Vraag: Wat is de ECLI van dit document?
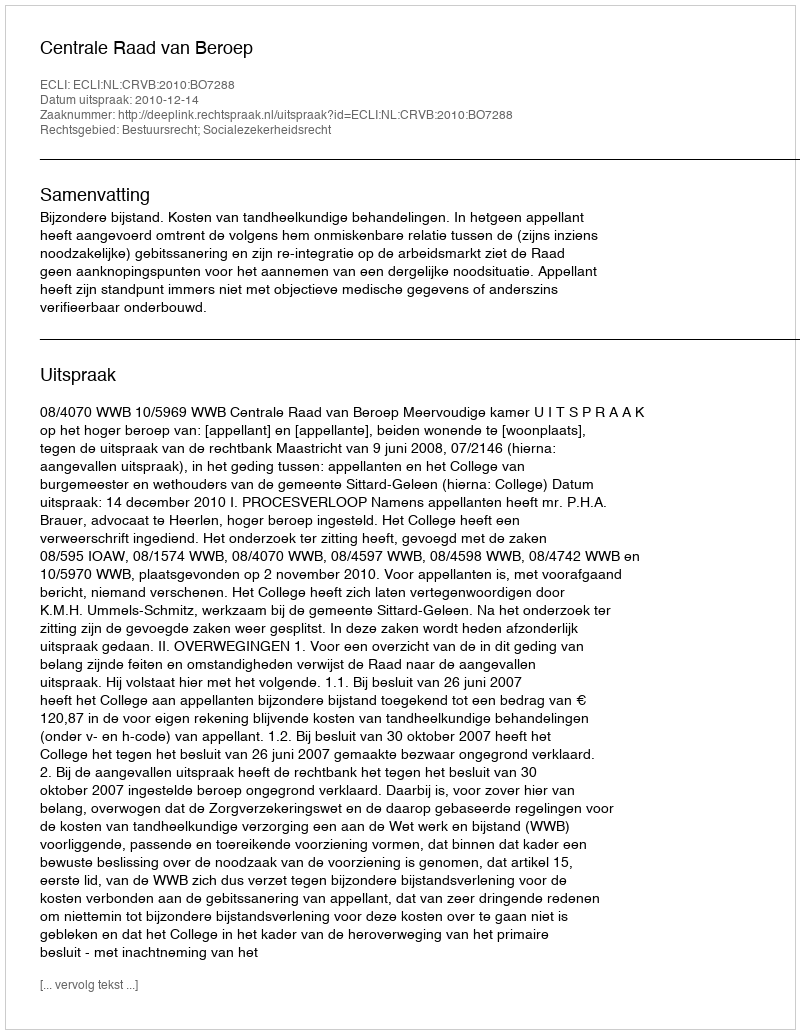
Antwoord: ECLI:NL:CRVB:2010:BO7288